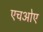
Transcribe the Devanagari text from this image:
एचओए